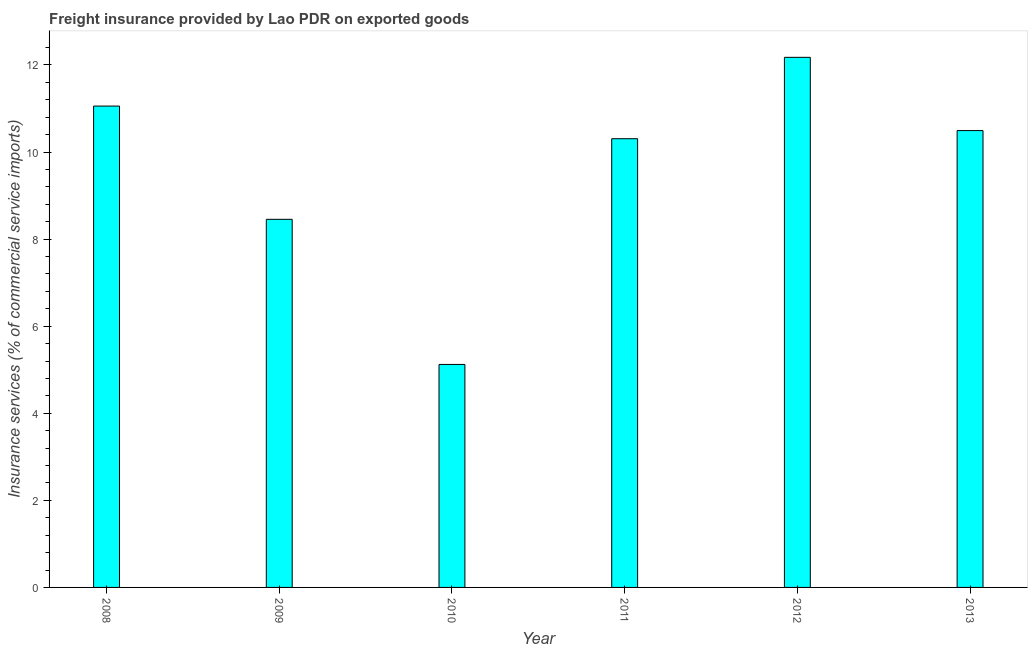
| Year | Insurance and financial services |
 | --- | --- |
 | 2008 | 11.1 |
 | 2009 | 8.45 |
 | 2010 | 5.12 |
 | 2011 | 10.3 |
 | 2012 | 12.2 |
 | 2013 | 10.5 |